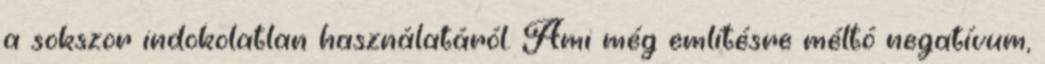
a sokszor indokolatlan használatáról. Ami még említésre méltó negatívum,